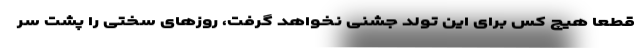
قطعا هیچ کس برای این تولد جشنی نخواهد گرفت، روزهای سختی را پشت سر